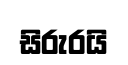
සිරුරයි